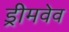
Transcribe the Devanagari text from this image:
ड्रीमवेव